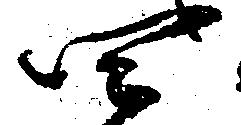
四